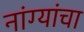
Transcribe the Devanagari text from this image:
नांग्यांचा